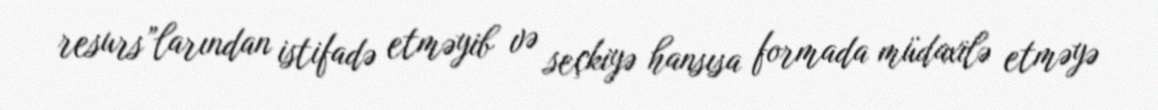
resurs”larından istifadə etməyib və seçkiyə hansısa formada müdaxilə etməyə